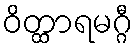
ဝိတ္ထာရမဂ္ဂီ